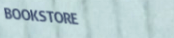
BOOKSTORE